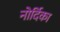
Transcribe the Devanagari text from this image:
नोर्दिका